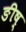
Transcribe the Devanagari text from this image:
ङीष्